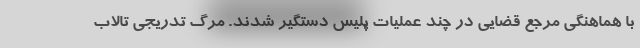
با هماهنگی مرجع قضایی در چند عملیات پلیس دستگیر شدند. مرگ تدریجی تالاب